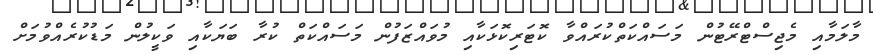
މާލަމާއި މެޖިސްޓްރޭޓުން މަސައްކަތްކުރައްވާ ކޮޓަރިކޮޅަކާއި މުވައްޒަފުން މަސައްކަތް ކުރާ ބަޔަކާއި ވަކީލުން މަޑުކުރެއްވުމަށް